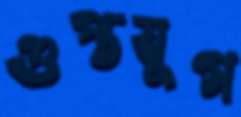
গুপ্তযুগ